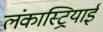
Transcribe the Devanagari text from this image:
लंकास्ट्रियाई